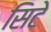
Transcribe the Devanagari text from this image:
सिटे